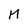
Character: M